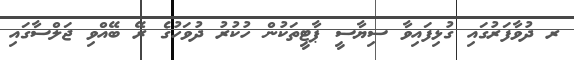
ރ ދުވާފަރުގައި ގުޅިފައިވާ ސިޔާސީ ޕާޓީތަކުން ހުކުރު ދުވަހުގެ ރޭ ބޭއްވި ޖަލްސާގައި